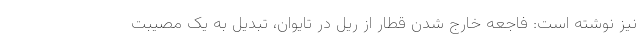
نیز نوشته است: فاجعه خارج شدن قطار از ریل در تایوان، تبدیل به یک مصیبت